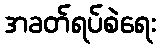
အခတ်ရပ်စဲရေး